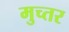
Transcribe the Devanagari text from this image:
मुच्तर